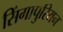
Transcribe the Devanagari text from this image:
सिंगापुरियन